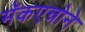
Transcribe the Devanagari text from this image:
मॅकएन्रोने